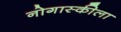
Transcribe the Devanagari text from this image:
नोगास्कीला